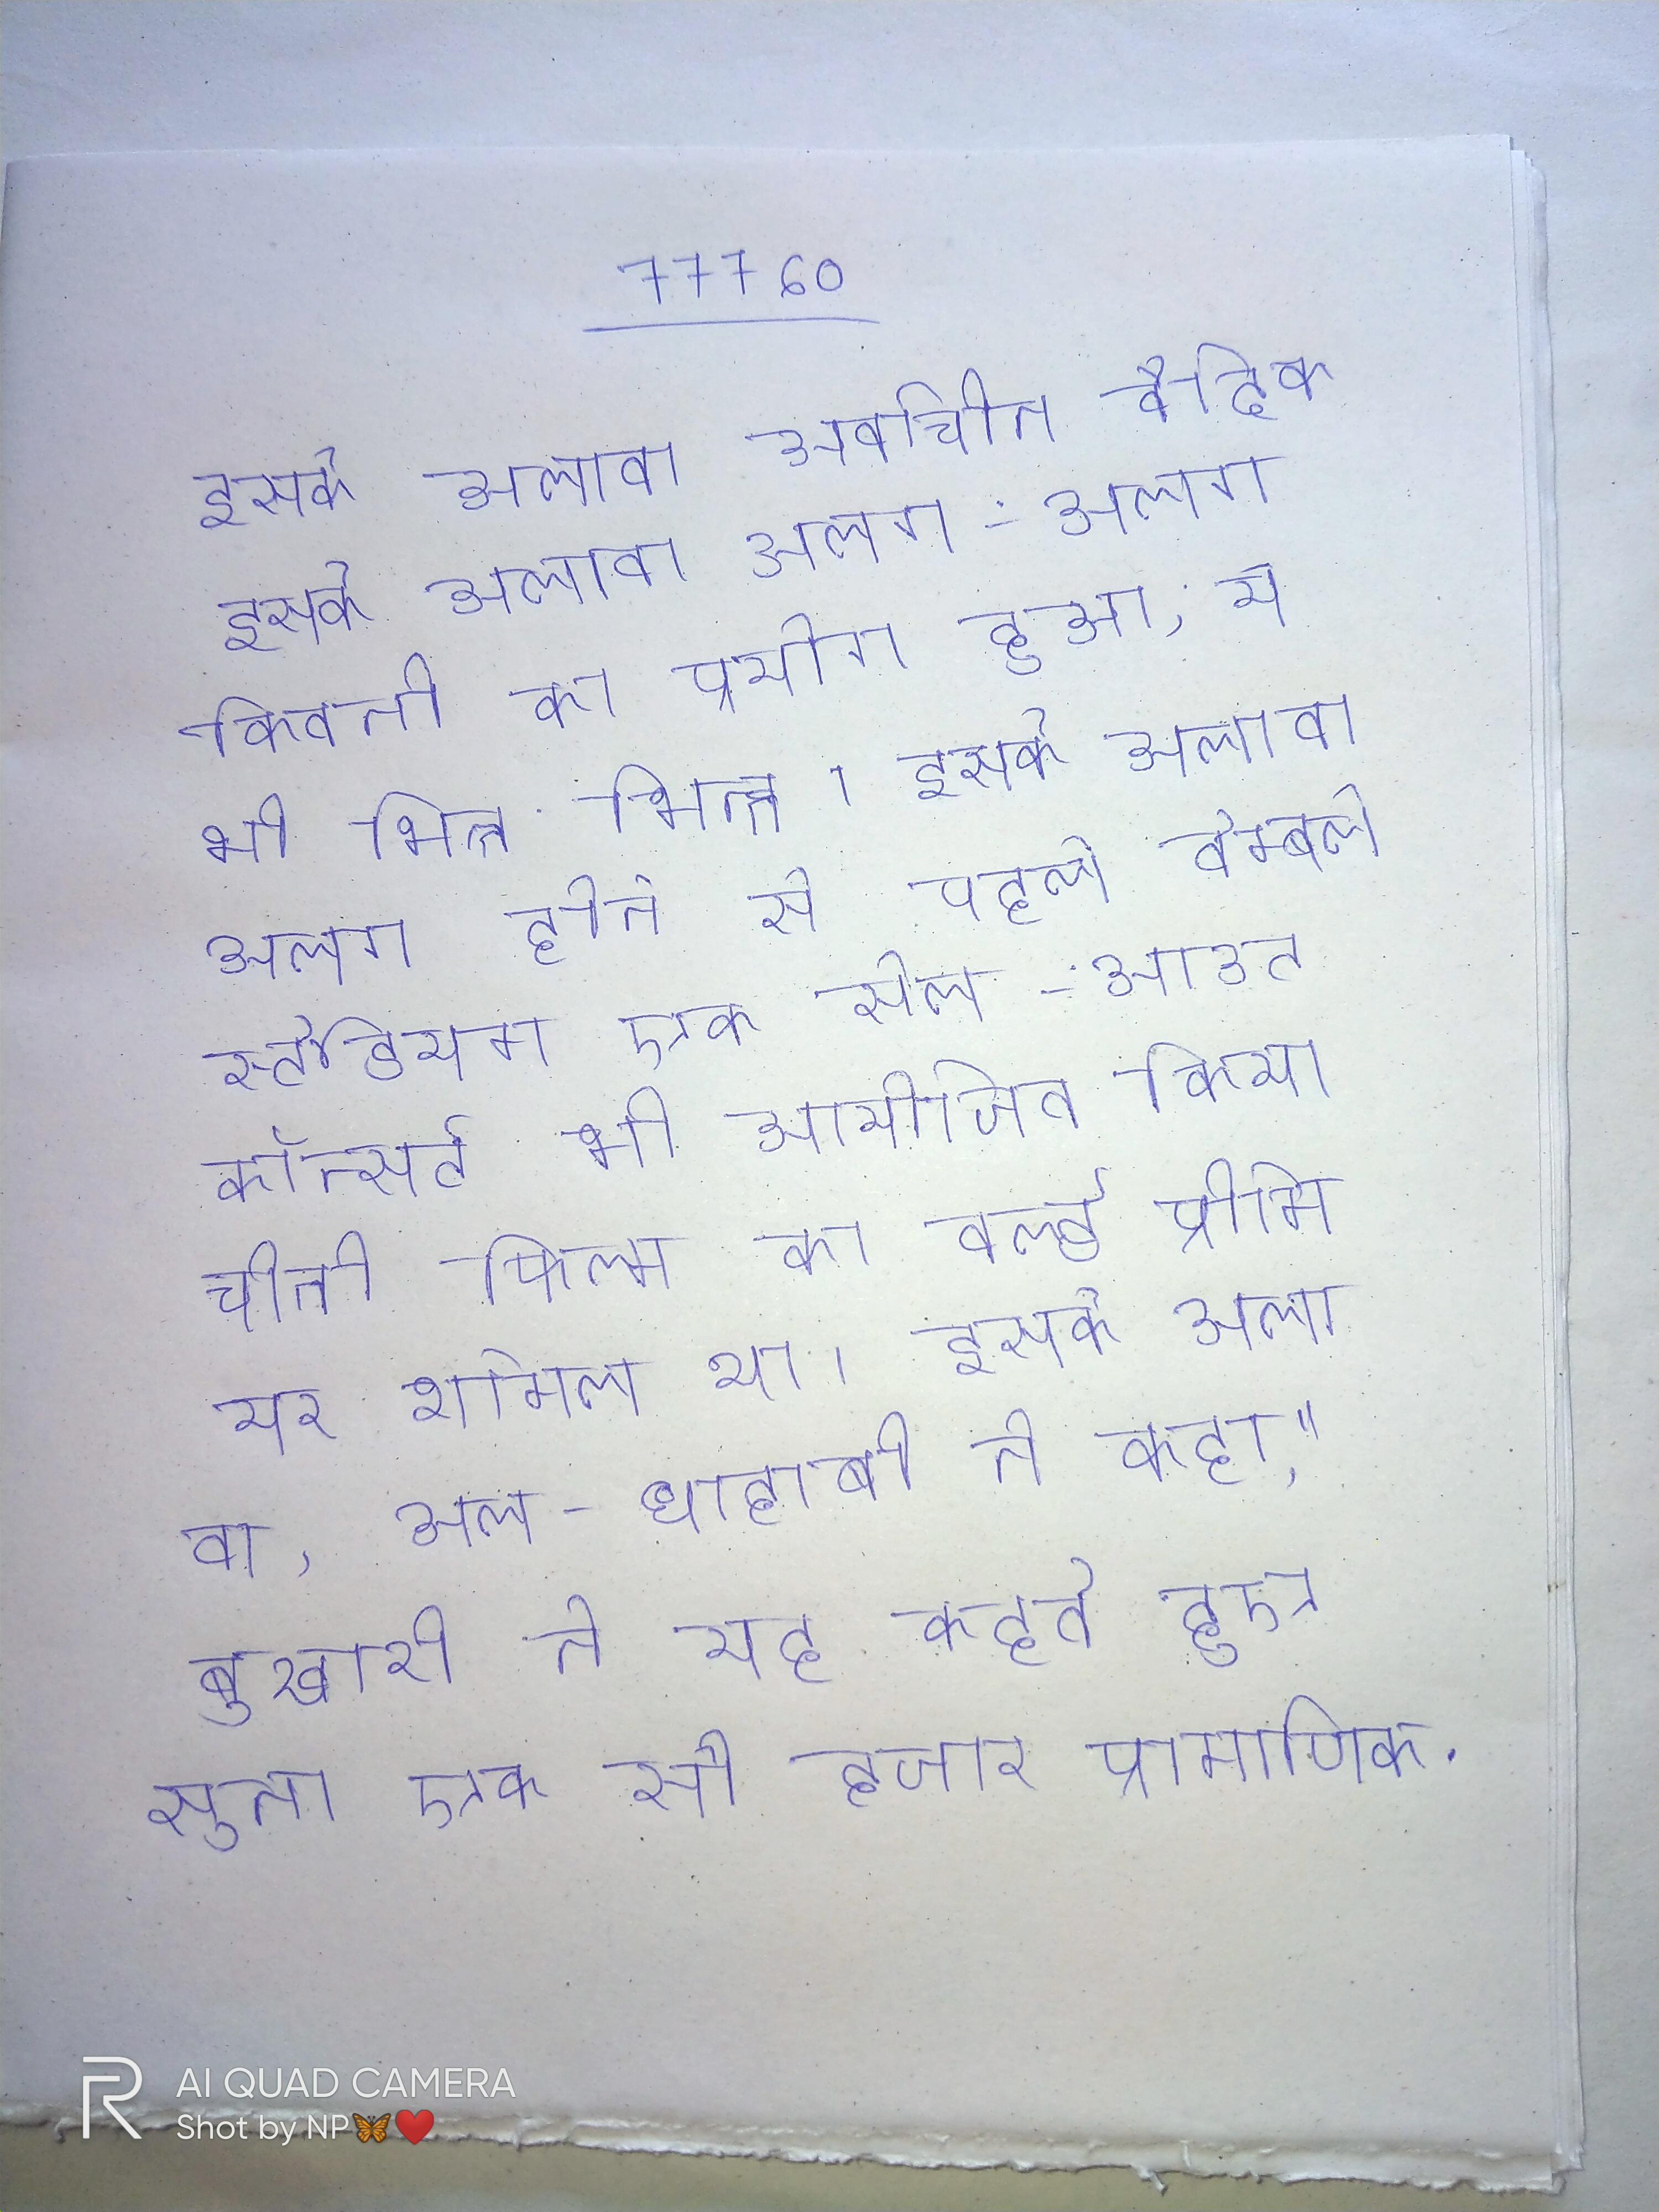
इसके अलावा अर्वाचीन वैदिक इसके अलावा अलग-अलग कितनी का प्रयोग हुआ, ये भी भिन्न भिन्न । इसके अलावा अलग होने से पहले वेम्बले स्टेडियम एक सेल-आउट कॉन्सर्ट भी आयोजित किया चीनी फिल्म का वर्ल्ड प्रीमियर शामिल था । इसके अलावा, अल-धाहाबी ने कहा," बुखारी ने यह कहते हुए सुना एक सौ हजार प्रामाणिक हदीस और दो सौ हजार याद किए जो प्रामाणिक से कम ।